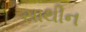
સાથીન